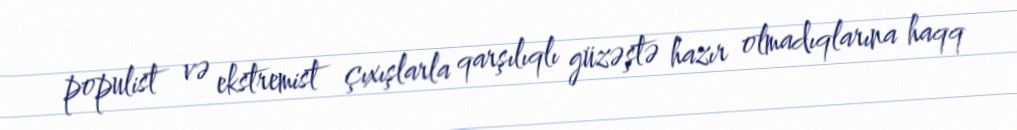
populist və ekstremist çıxışlarla qarşılıqlı güzəştə hazır olmadıqlarına haqq